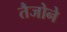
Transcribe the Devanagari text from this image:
तैजोने